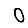
Digit: 0